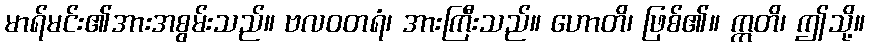
မာရ်မင်း၏အားအစွမ်းသည်။ ဗလဝတရံ၊ အားကြီးသည်။ ဟောတိ၊ ဖြစ်၏။ ဣတိ၊ ဤသို့။